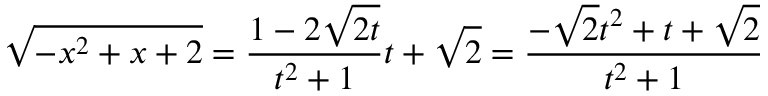
{ \sqrt { - x ^ { 2 } + x + 2 } } = { \frac { 1 - 2 { \sqrt { 2 t } } } { t ^ { 2 } + 1 } } t + { \sqrt { 2 } } = { \frac { - { \sqrt { 2 } } t ^ { 2 } + t + { \sqrt { 2 } } } { t ^ { 2 } + 1 } }